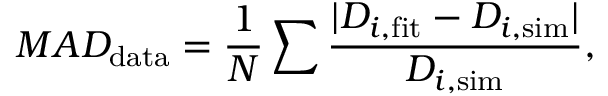
M A D _ { \mathrm { d a t a } } = \frac { 1 } { N } \sum \frac { | D _ { i , \mathrm { f i t } } - D _ { i , \mathrm { s i m } } | } { D _ { i , \mathrm { s i m } } } ,